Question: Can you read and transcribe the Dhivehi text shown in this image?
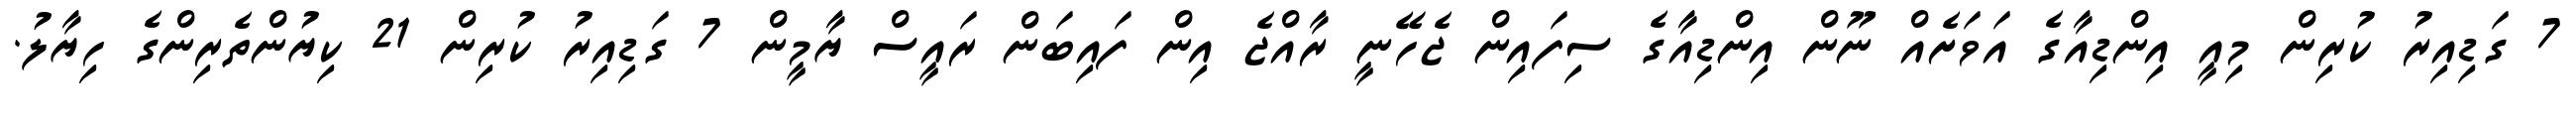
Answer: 7 ގަޑިއިރު ކުރިން މިއީ އިންޑިއާގެ އަވަށެއް ނޫން އިންޑިއާގެ ސިފައިން ޖެހޭނީ ރާއްޖެ އިން ފައިބަން ރައީސް ޔާމީން 7 ގަޑިއިރު ކުރިން 21 ކިޔުންތެރިންގެ ހިޔާލު.